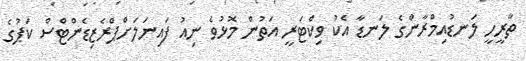
ތާރީހީ ލަނޑުއިމްރާންގެ ލަނޑާ އެކު ވިކްޓަރީ އަތުން މޮޅުވެ ނިއު ފައިނަލަށްޕްރެޒިޑެންޓްސް ކަޕުގެ